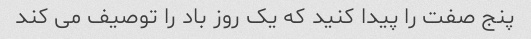
پنج صفت را پیدا کنید که یک روز باد را توصیف می کند